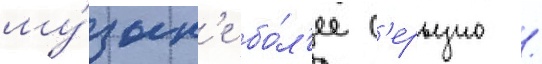
му́зык'е бо́л'ее с'ерьезно /